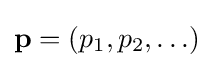
\mathbf {p} =(p_{1},p_{2},\ldots )